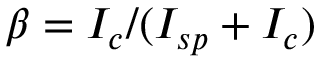
\beta = I _ { c } / ( I _ { s p } + I _ { c } )